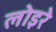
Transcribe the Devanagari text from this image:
लोइरे